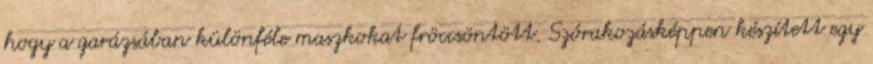
hogy a garázsában különféle maszkokat fröccsöntött. Szórakozásképpen készített egy